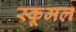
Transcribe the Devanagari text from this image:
स्कूमल